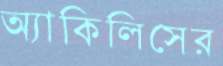
অ্যাকিলিসের